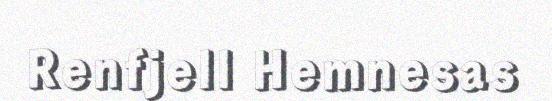
Renfjell Hemnesas